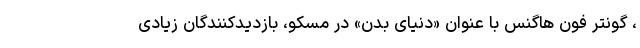
، گونتر فون هاگنس با عنوان «دنیای بدن» در مسکو، بازدیدکنندگان زیادی